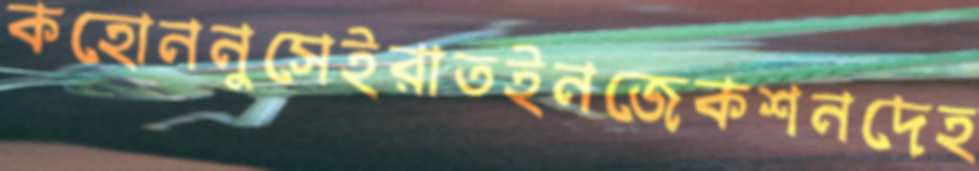
কহোননুসেইরাতইনজেকশনদেহ